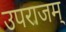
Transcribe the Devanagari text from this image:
उपराजम्